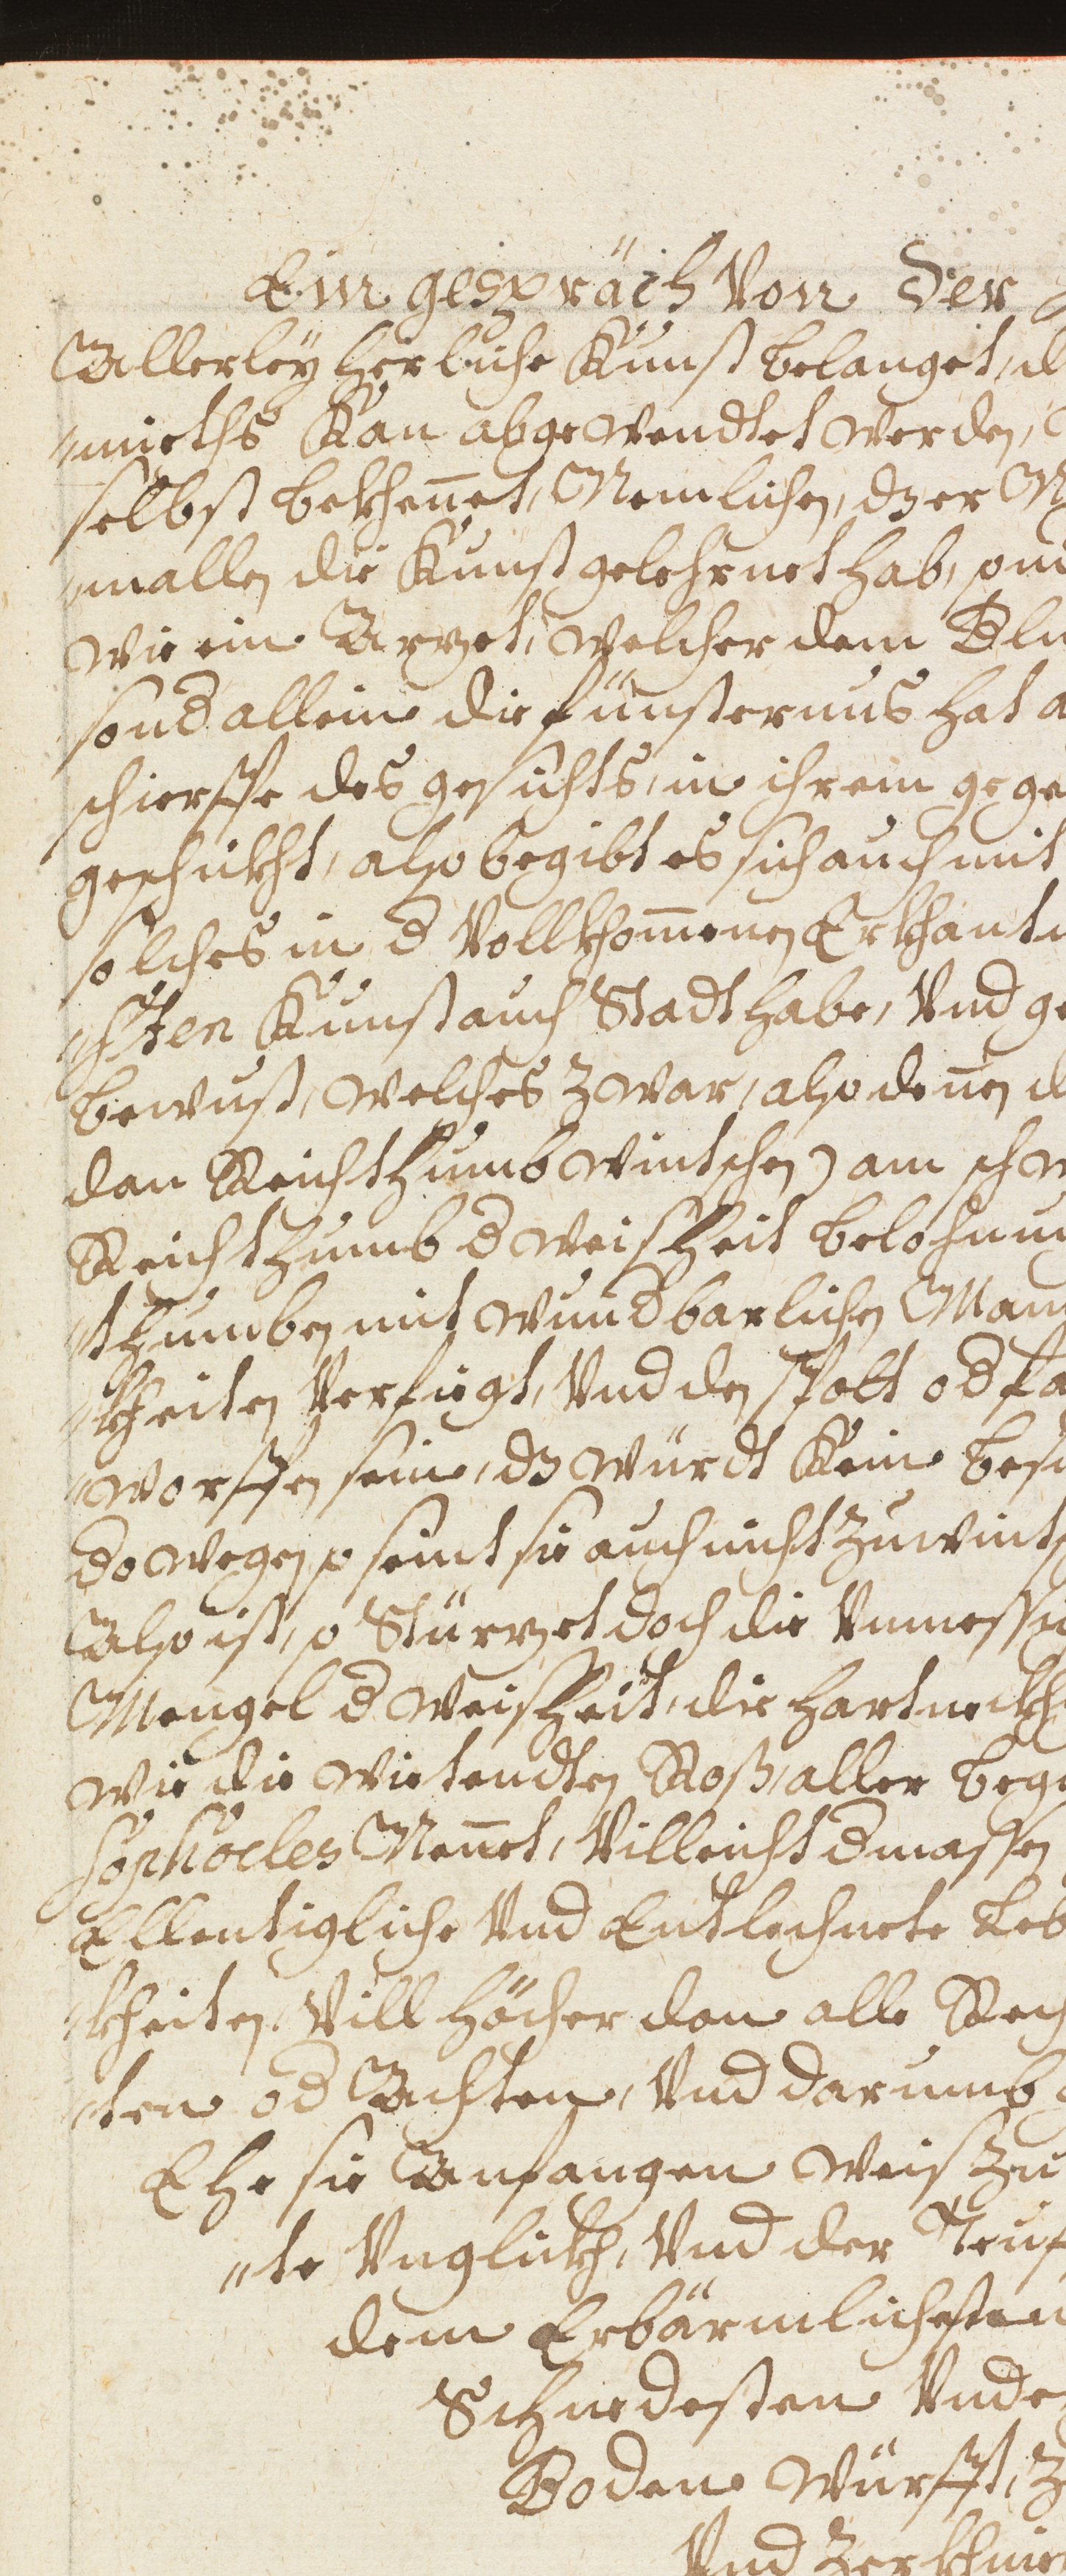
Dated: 1598–1699